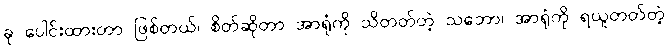
ခု ပေါင်းထားတာ ဖြစ်တယ်၊ စိတ်ဆိုတာ အာရုံကို သိတတ်တဲ့ သဘော၊ အာရုံကို ရယူတတ်တဲ့